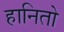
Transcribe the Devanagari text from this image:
हानितो